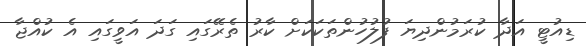
ޑިއުޓީ އަދާ ކުރަމުންދިޔަ ފުލުހުންތަކަކަށް ކާރު ތެރޭގައި ގަދަ އަވީގައި އެ ކުއްޖާ